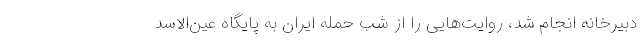
دبیرخانه انجام شد، روایت‌هایی را از شب حمله ایران به پایگاه عین‌الاسد